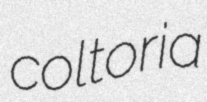
coltoria